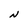
Character: N